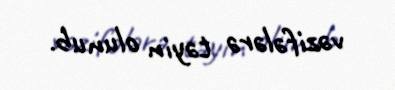
vəzifələrə təyin olunub.